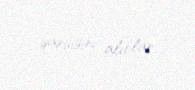
qarşısını alıblar.